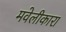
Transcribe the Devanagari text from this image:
मवेलीकारा